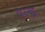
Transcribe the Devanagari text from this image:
वल्ड्र